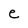
Character: e